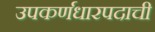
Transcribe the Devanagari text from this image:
उपकर्णधारपदाची